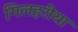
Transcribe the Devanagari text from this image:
गिलहरीया